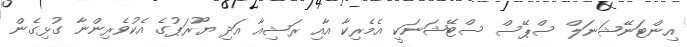
އިންޓަނޭޝަނަލް ސްޕޭސް ސްޓޭޝަނަކީ އެމެރިކާ އާއި ރަޝިއާ އަދި ޔޫރަޕުގެ އެކުވެރިންނާ ގުޅިގެން